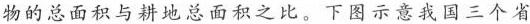
物的总面积与耕地总面积之比。下图示意我国三个省